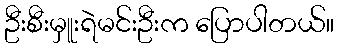
ဦးစီးမှူးရဲမင်းဦးက ပြောပါတယ်။